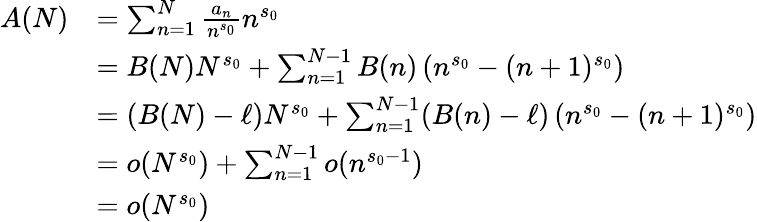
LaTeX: {\begin{array}{rl}{A(N)}&{=\sum_{n=1}^{N}{\frac{a_{n}}{n^{s_{0}}}}n^{s_{0}}}\\ &{=B(N)N^{s_{0}}+\sum_{n=1}^{N-1}B(n)\left(n^{s_{0}}-(n+1)^{s_{0}}\right)}\\ &{=(B(N)-\ell)N^{s_{0}}+\sum_{n=1}^{N-1}(B(n)-\ell)\left(n^{s_{0}}-(n+1)^{s_{0}}\right)}\\ &{=o(N^{s_{0}})+\sum_{n=1}^{N-1}{\mathcal{o}}(n^{s_{0}-1})}\\ &{=o(N^{s_{0}})}\end{array}}